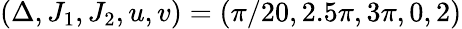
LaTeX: (\Delta,J_{1},J_{2},u,v)=(\pi/20,2.5\pi,3\pi,0,2)